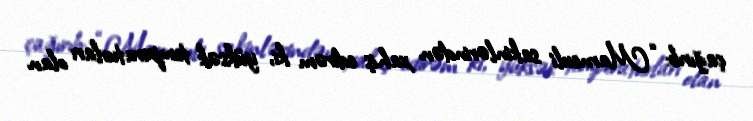
çağırıb: “Marneuli sakinlərindən xahiş edirəm ki, yüksək temperaturları olan